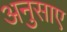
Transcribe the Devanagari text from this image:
अनुसाए